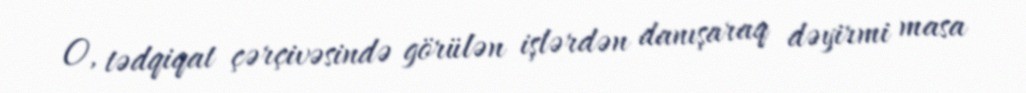
O, tədqiqat çərçivəsində görülən işlərdən danışaraq dəyirmi masa